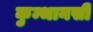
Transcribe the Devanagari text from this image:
कुम्भानसी